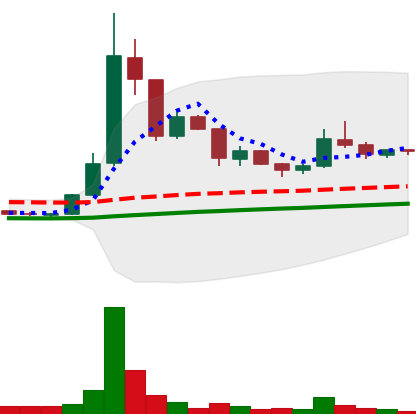
Ticker: DOGE-USD
Chart end date: 2020-07-22
Forward return: -4.018%
Label: down_3_5